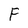
Character: F